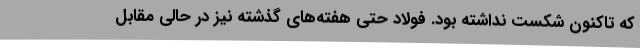
که تاکنون شکست نداشته بود. فولاد حتی هفته‌های گذشته نیز در حالی مقابل